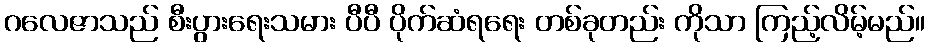
ဂလေဇာသည် စီးပွားရေးသမား ပီပီ ပိုက်ဆံရရေး တစ်ခုတည်း ကိုသာ ကြည့်လိမ့်မည်။